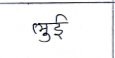
मजकूर: लुई